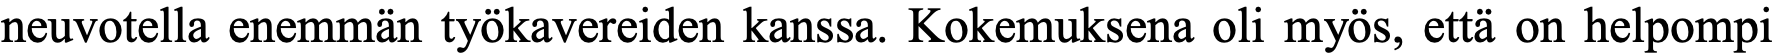
neuvotella enemmän työkavereiden kanssa. Kokemuksena oli myös, että on helpompi